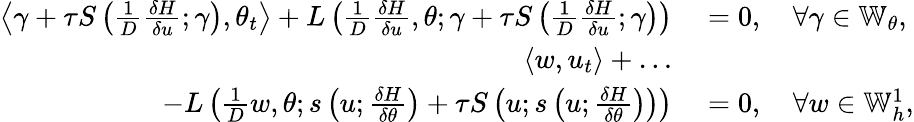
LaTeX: \begin{array}{rl}{\left\langle\gamma+\tau S\left(\frac{1}{D}\frac{\delta H}{\delta u};\gamma\right),\theta_{t}\right\rangle+L\left(\frac{1}{D}\frac{\delta H}{\delta u},\theta;\gamma+\tau S\left(\frac{1}{D}\frac{\delta H}{\delta u};\gamma\right)\right)}&{{}=0,\quad\forall\gamma\in\mathbb{W}_{\theta},}\\ {\left\langle w,u_{t}\right\rangle+\ldots}&{{}}\\ {\qquad-L\left(\frac{1}{D}w,\theta;s\left(u;\frac{\delta H}{\delta\theta}\right)+\tau S\left(u;s\left(u;\frac{\delta H}{\delta\theta}\right)\right)\right)}&{{}=0,\quad\forall w\in\mathbb{W}_{h}^{1},}\end{array}